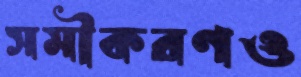
সমীকরণও